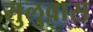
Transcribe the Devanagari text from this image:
सुलुवास